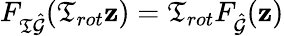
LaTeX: F_{\mathfrak{T}\hat{{\mathcal{{G}}}}}(\mathfrak{T}_{rot}\mathbf{{z}})=\mathfrak{T}_{rot}F_{\hat{{\mathcal{{G}}}}}(\mathbf{{z}})